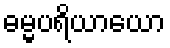
ဓမ္မပရိယာယော